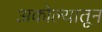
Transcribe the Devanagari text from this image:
अकोल्यातून